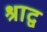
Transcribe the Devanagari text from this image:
श्राद्व